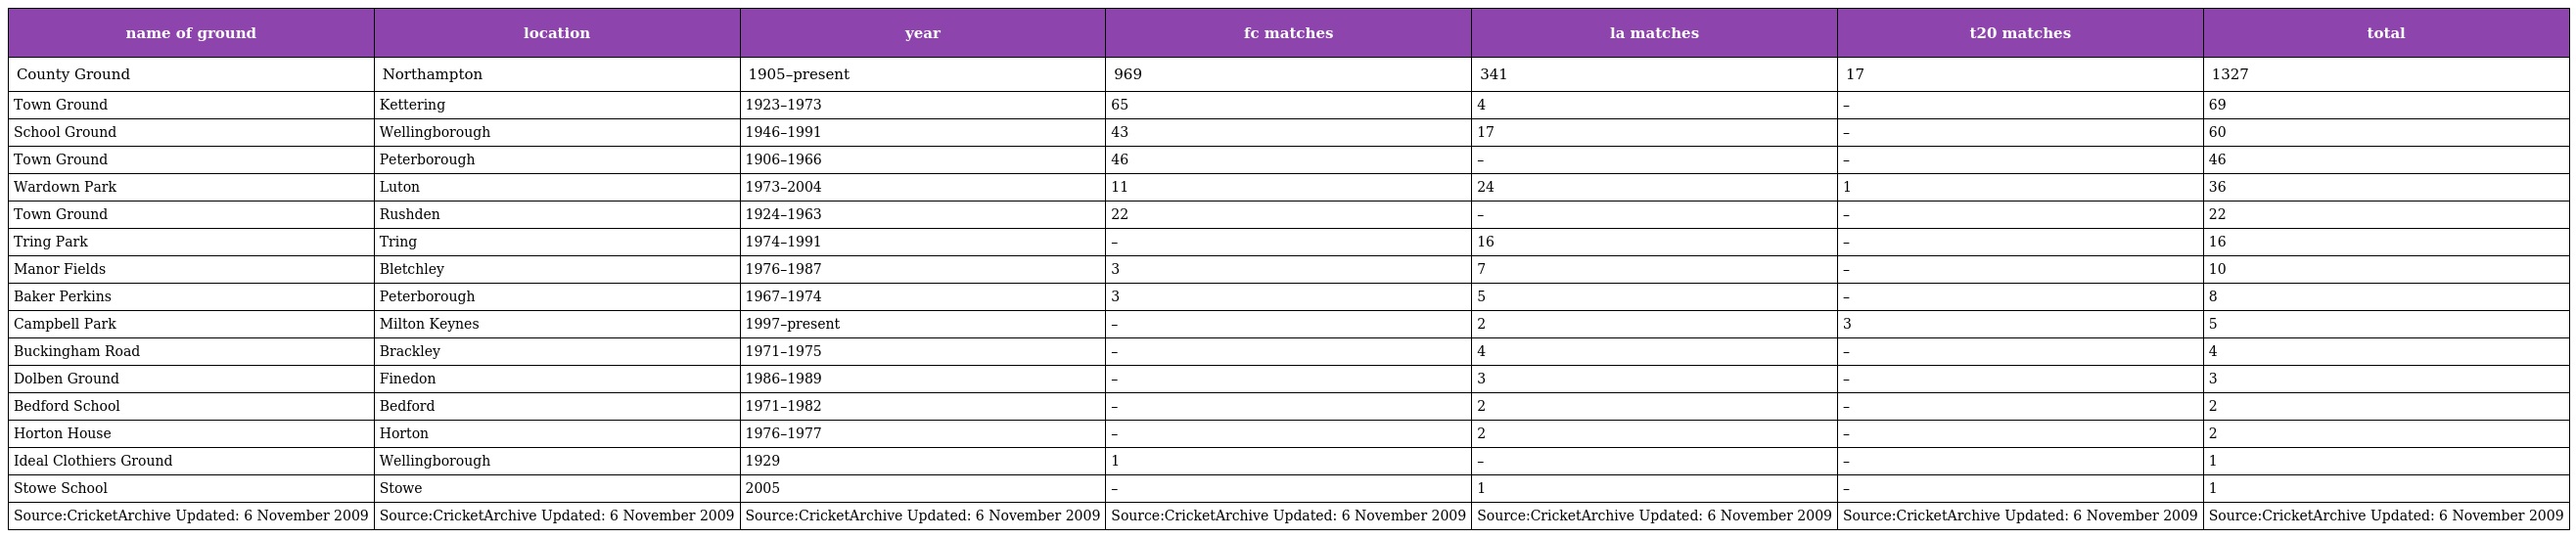
| name of ground | location | year | fc matches | la matches | t20 matches | total |
 | --- | --- | --- | --- | --- | --- | --- |
 | County Ground | Northampton | 1905–present | 969 | 341 | 17 | 1327 |
 | Town Ground | Kettering | 1923–1973 | 65 | 4 | – | 69 |
 | School Ground | Wellingborough | 1946–1991 | 43 | 17 | – | 60 |
 | Town Ground | Peterborough | 1906–1966 | 46 | – | – | 46 |
 | Wardown Park | Luton | 1973–2004 | 11 | 24 | 1 | 36 |
 | Town Ground | Rushden | 1924–1963 | 22 | – | – | 22 |
 | Tring Park | Tring | 1974–1991 | – | 16 | – | 16 |
 | Manor Fields | Bletchley | 1976–1987 | 3 | 7 | – | 10 |
 | Baker Perkins | Peterborough | 1967–1974 | 3 | 5 | – | 8 |
 | Campbell Park | Milton Keynes | 1997–present | – | 2 | 3 | 5 |
 | Buckingham Road | Brackley | 1971–1975 | – | 4 | – | 4 |
 | Dolben Ground | Finedon | 1986–1989 | – | 3 | – | 3 |
 | Bedford School | Bedford | 1971–1982 | – | 2 | – | 2 |
 | Horton House | Horton | 1976–1977 | – | 2 | – | 2 |
 | Ideal Clothiers Ground | Wellingborough | 1929 | 1 | – | – | 1 |
 | Stowe School | Stowe | 2005 | – | 1 | – | 1 |
 | Source:CricketArchive Updated: 6 November 2009 | Source:CricketArchive Updated: 6 November 2009 | Source:CricketArchive Updated: 6 November 2009 | Source:CricketArchive Updated: 6 November 2009 | Source:CricketArchive Updated: 6 November 2009 | Source:CricketArchive Updated: 6 November 2009 | Source:CricketArchive Updated: 6 November 2009 |